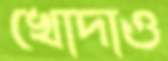
খোদাও